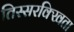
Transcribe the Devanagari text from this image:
तिस्सरक्खिता